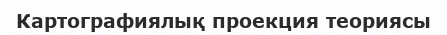
Картографиялық проекция теориясы